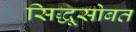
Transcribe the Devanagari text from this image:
सिद्धूसोबत